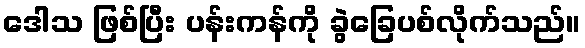
ဒေါသ ဖြစ်ပြီး ပန်းကန်ကို ခွဲခြေပစ်လိုက်သည်။